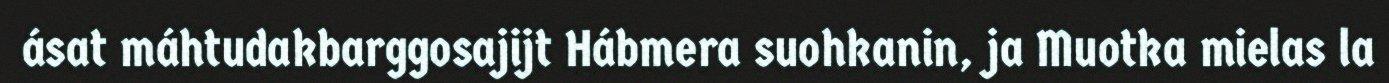
ásat máhtudakbarggosajijt Hábmera suohkanin, ja Muotka mielas la